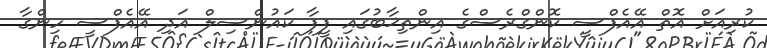
ކުރިއަށް އޮތް އޭއެފްސީ ކޮންގްރެސްގެ އިންތިޚާބުގައި ފީފާ ކައުންސިލް އަދި އޭއެފްސީ ހިންގާ